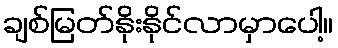
ချစ်မြတ်နိုးနိုင်လာမှာပေါ့။